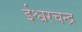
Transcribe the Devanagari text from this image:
ईश्वरचन्द्र